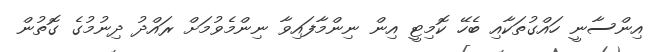
އިންސާނީ ހައްގުތަކާއި ބެހޭ ކޮމިޓީ އިން ނިންމާފައިވާ ނިންމެވުމަށް ރައްދު ދިނުމުގެ ގޮތުން